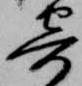
寄